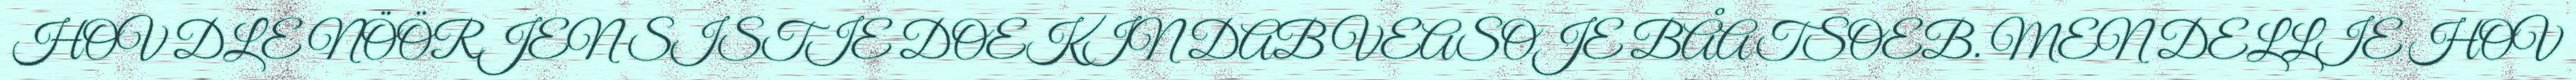
HOV DLE NÖÖRJEN SISTIE DOEKIN DAB VEASOJE BÅATSOEB. MEN DELLIE HOV